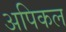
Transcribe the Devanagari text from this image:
अपिकल